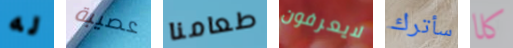
له عصيبة طعامنا لايعرفون سأترك كلا